Insane asylums in Bengal annual reports 1867-1875 - 1867-1875
Year: 1867
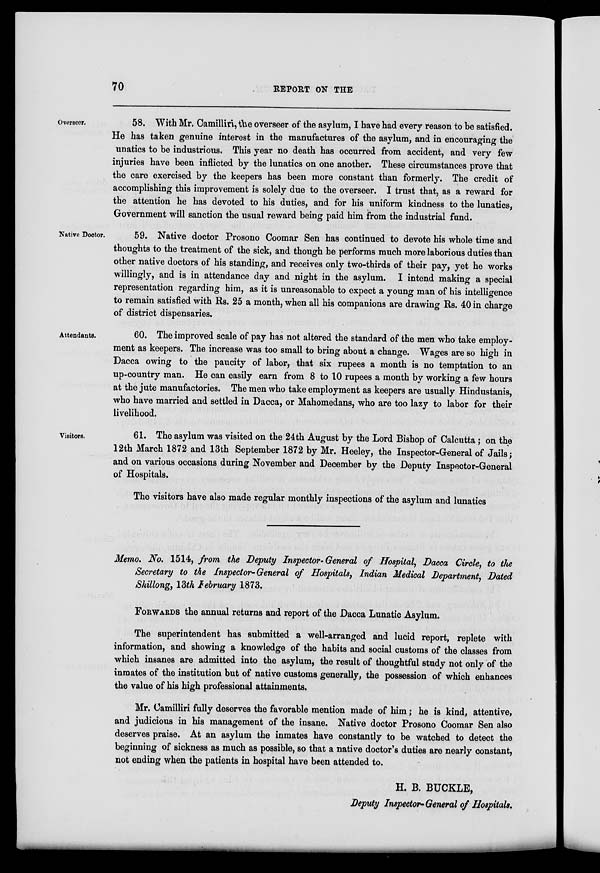
70
REPORT ON THE
Overseer.
58. With Mr. Camilliri, the overseer of the asylum, I have had every reason to be satisfied.
He has taken genuine interest in the manufactures of the asylum, and in encouraging the
unatics to be industrious. This year no death has occurred from accident, and very few
injuries have been inflicted by the lunatics on one another. These circumstances prove that
the care exercised by the keepers has been more constant than formerly. The credit of
accomplishing this improvement is solely due to the overseer. I trust that, as a reward for
the attention he has devoted to his duties, and for his uniform kindness to the lunatics,
Government will sanction the usual reward being paid him from the industrial fund.
Native Doctor.
59. Native doctor Prosono Coomar Sen has continued to devote his whole time and
thoughts to the treatment of the sick, and though be performs much more laborious duties than
other native doctors of his standing, and receives only two-thirds of their pay, yet he works
willingly, and is in attendance day and night in the asylum. I intend making a special
representation regarding him, as it is unreasonable to expect a young man of his intelligence
to remain satisfied with Rs. 25 a month, when all his companions are drawing Rs. 40 in charge
of district dispensaries.
Attendants.
60. The improved scale of pay has not altered the standard of the men who take employ-
ment as keepers. The increase was too small to bring about a change. Wages are so high in
Dacca owing to the paucity of labor, that six rupees a month is no temptation to an
up-country man. He can easily earn from 8 to 10 rupees a month by working a few hours
at the jute manufactories. The men who take employment as keepers are usually Hindustanis,
who have married and settled in Dacca, or Mahomedans, who are too lazy to labor for their
livelihood.
Visitors.
61. The asylum was visited on the 24th August by the Lord Bishop of Calcutta; on the
12th March 1872 and 13th September 1872 by Mr. Heeley, the Inspector-General of Jails;
and on various occasions during November and December by the Deputy Inspector-General
of Hospitals.
The visitors have also made regular monthly inspections of the asylum and lunatics
Memo. No. 1514, from the Deputy Inspector-General of Hospital, Dacca Circle, to the
Secretary to the Inspector-General of Hospitals, Indian Medical Department, Dated
Shillong, 13th February 1873.
FORWARDS the annual returns and report of the Dacca Lunatic Asylum.
The superintendent has submitted a well-arranged and lucid report, replete with
information, and showing a knowledge of the habits and social customs of the classes from
which insanes are admitted into the asylum, the result of thoughtful study not only of the
inmates of the institution but of native customs generally, the possession of which enhances
the value of his high professional attainments.
Mr. Camilliri fully deserves the favorable mention made of him; he is kind, attentive,
and judicious in his management of the insane. Native doctor Prosono Coomar Sen also
deserves praise. At an asylum the inmates have constantly to be watched to detect the
beginning of sickness as much as possible, so that a native doctor's duties are nearly constant,
not ending when the patients in hospital have been attended to.
H. B. BUCKLE,
Deputy Inspector-General of Hospitals.